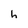
Character: h